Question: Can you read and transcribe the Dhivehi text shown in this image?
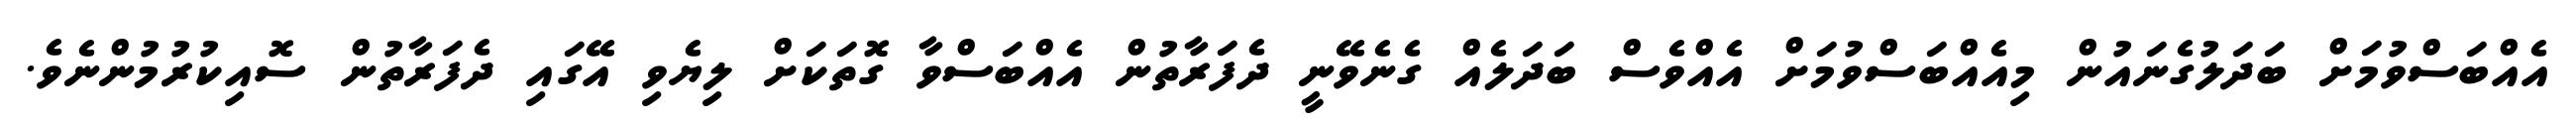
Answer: އެއްބަސްވުމަށް ބަދަލުގެނައުން މިއެއްބަސްވުމަށް އެއްވެސް ބަދަލެއް ގެނެވޭނީ ދެފަރާތުން އެއްބަސްވާ ގޮތަކަށް ލިޔެވި އޭގައި ދެފަރާތުން ސޮއިކުރުމުންނެވެ.